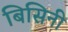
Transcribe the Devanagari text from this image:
बिसिनी